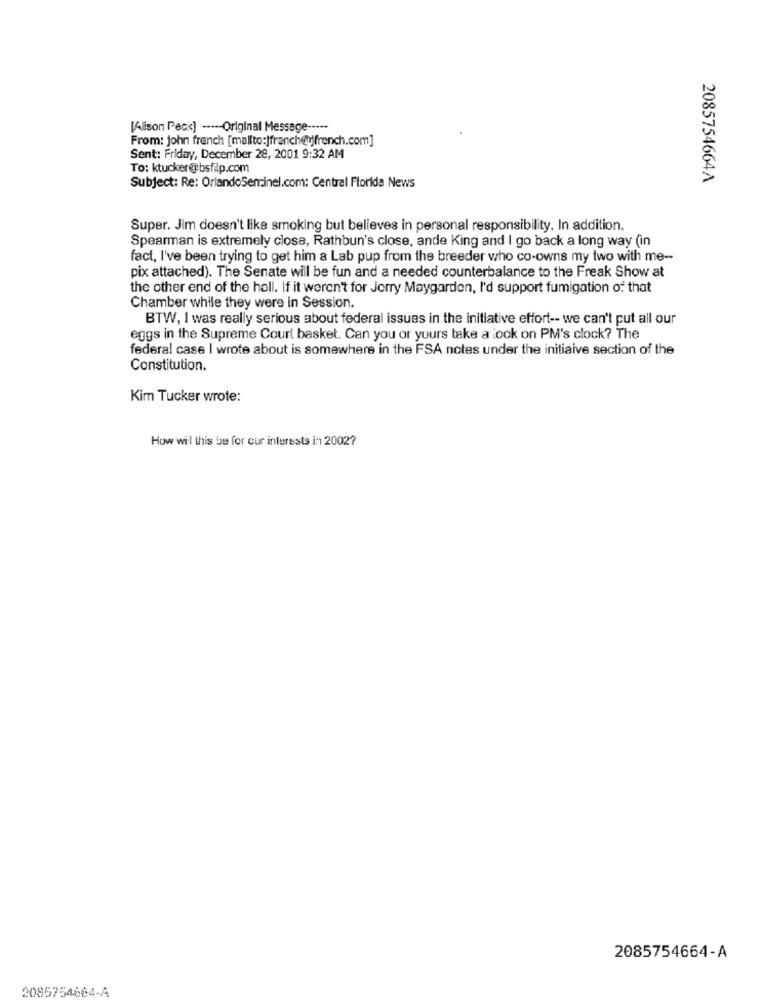
[Alison Peck] ----- Original Message -----
From: john french [mailto:jfranch@yfrench.com]
Sent: Friday, December 28, 2001 9:32 AM
To: ktucker@bsfip.com
2085754664A
Subject: Re: OrlandoSentinel.com: Central Florida News
Super. Jim doesn't like smoking but believes in personal responsibility. In addition.
Spearman is extremely close, Rathbun's close, ande King and I go back a long way (in
fact, I've been trying to get him a Lab pup from the breeder who co-owns my two with me --
pix attached). The Senate will be fun and a needed counterbalance to the Freak Show at
the other end of the hall. If it weren't for Jerry Maygarden, I'd support fumigation of that
Chamber while they were in Session.
BTW, I was really serious about federal issues in the initiative effort -- we can't put all our
eggs in the Supreme Court basket. Can you or yours take a look on PM's clock? The
federal case I wrote about is somewhere in the FSA notes under the initiaive section of the
Constitution.
Kim Tucker wrote:
How will this be for cur interests in 2002?
2085754664-A
2085754864-A